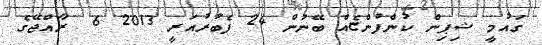
ގައުމީ ޝިޕިން ކުންފުންޏެއް ބޭނުން 24 ފެބުރުއަރީ 2013 6  ރާއްޖޭގެ